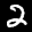
Label: 2